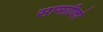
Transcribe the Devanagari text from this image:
सामग्रीको